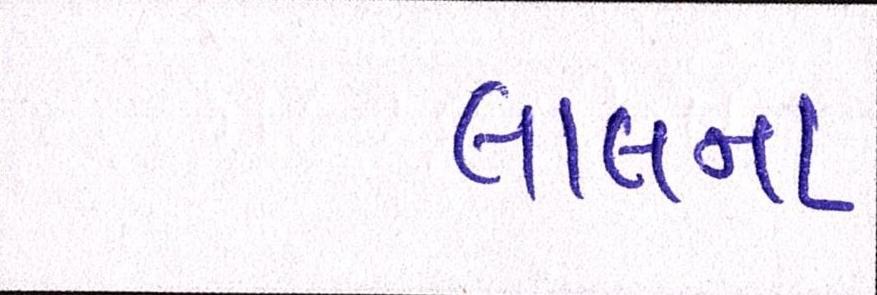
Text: લાલના